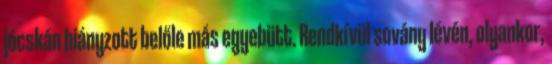
jócskán hiányzott belőle más egyebütt. Rendkívül sovány lévén, olyankor,